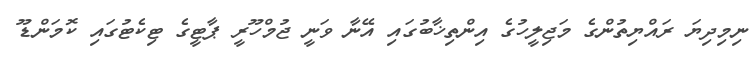
ނިމިދިޔަ ރައްޔިތުންގެ މަޖިލީހުގެ އިންތިޚާބުގައި އޭނާ ވަނީ ޖުމްހޫރީ ޕާޓީގެ ޓިކެޓުގައި ކޮމަންޑޫ